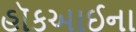
હૉકઆઈના